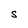
Character: S